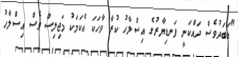
"އަބަދުވެސް ދައްކަނީ ފަނޑިޔާރުގެ އިސްލާހު ކުރާ ވާހަކަ އެކަމަކު މަޖިލިސް ވެސް އިސްލާހު